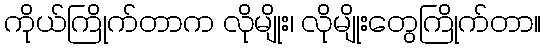
ကိုယ်ကြိုက်တာက လိုမျိုး၊ လိုမျိုးတွေကြိုက်တာ။